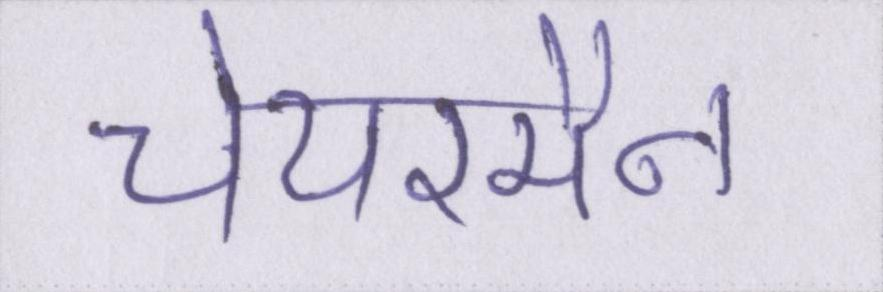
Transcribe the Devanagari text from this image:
चेयरमैन